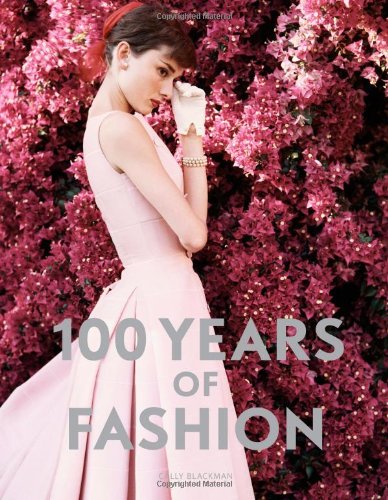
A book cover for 100 Years of Fashion; Cally Blackman; Arts & Photography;